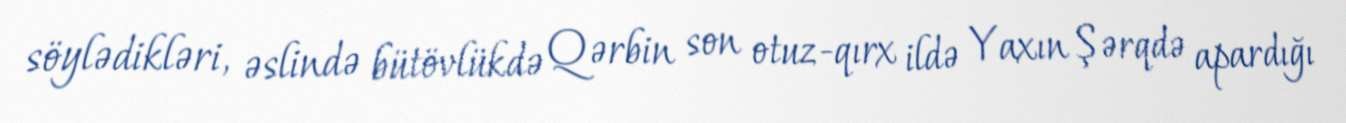
söylədikləri, əslində bütövlükdə Qərbin son otuz-qırx ildə Yaxın Şərqdə apardığı